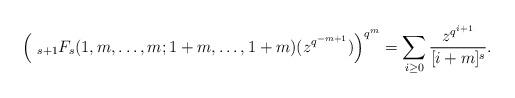
LaTeX: \begin{align*}\Bigl(~_{s+1}F_s(1, m, \ldots, m; 1+m, \ldots, 1+m)(z^{q^{-m+1}})\Bigr)^{q^m}=\sum_{i\geq 0}\frac{z^{q^{i+1}}}{[i+m]^{s}}.\end{align*}